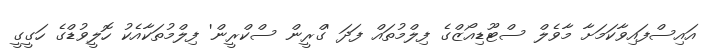
އައިސްފައިވާކަމަށާ މާވެލް ސްޓޫޑިއޯޒްގެ ފިލްމުތައް ފަދަ 'ގްރީން ސްކްރީން' ފިލްމުތަކާއެކު ހޮލީވުޑްގެ ހަގީގީ